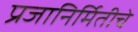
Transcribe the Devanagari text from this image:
प्रजानिर्मितीचे